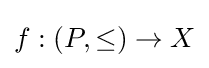
f:(P,\leq )\to X